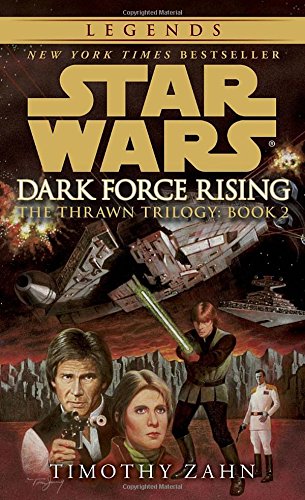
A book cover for Dark Force Rising (Star Wars: The Thrawn Trilogy, Vol. 2); Timothy Zahn; Science Fiction & Fantasy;